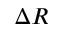
\Delta R